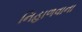
નિહાળવાના